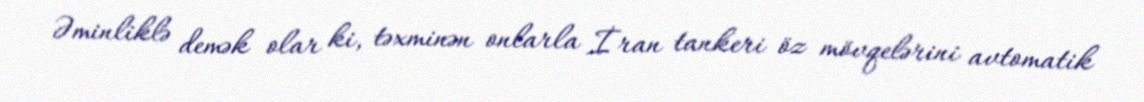
Əminliklə demək olar ki, təxminən onlarla İran tankeri öz mövqelərini avtomatik